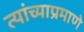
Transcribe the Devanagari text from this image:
त्यांच्याप्रमाणे